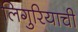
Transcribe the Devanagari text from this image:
लिगुरियाची